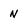
Character: N